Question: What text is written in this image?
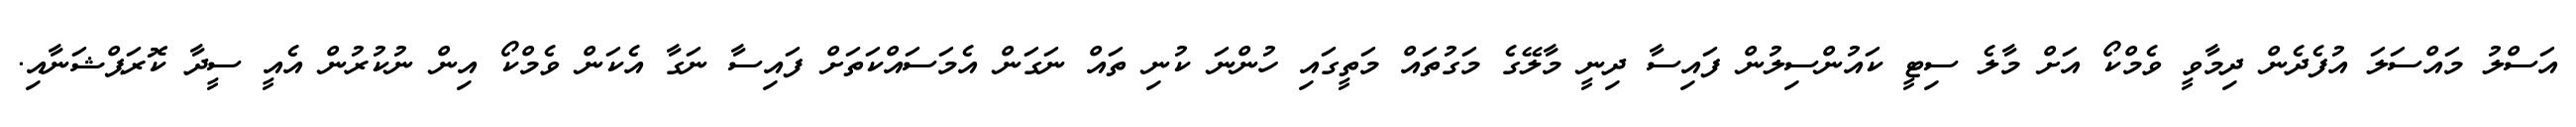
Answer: އަސްލު މައްސަލަ އުފެދެން ދިމާވީ ވެމްކޯ އަށް މާލެ ސިޓީ ކައުންސިލުން ފައިސާ ދިނީ މާލޭގެ މަގުތައް މަތީގައި ހުންނަ ކުނި ތައް ނަގަން އެމަސައްކަތަށް ފައިސާ ނަގާ އެކަން ވެމްކޯ އިން ނުކުރުން އެއީ ސީދާ ކޮރަޕްޝަނާއި.